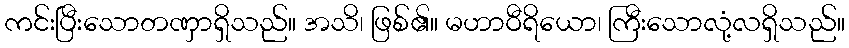
ကင်းပြီးသောတဏှာရှိသည်။ အသိ၊ ဖြစ်၏။ မဟာဝီရိယော၊ ကြီးသောလုံ့လရှိသည်။